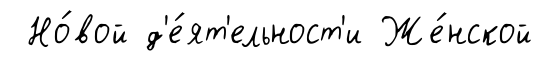
Но́вой д'е́ят'ельност'и Же́нской